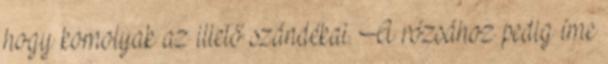
hogy komolyak az illető szándékai. A rózsához pedig íme